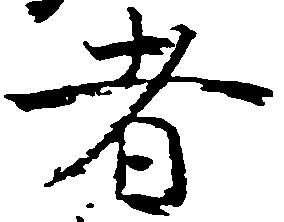
者